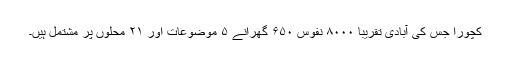
کچورا جس کی آبادی تقریبا ۸۰۰۰ نفوس ۶۵۰ گھرانے ۵ موضوعات اور ۲۱ محلوں پر مشتمل ہیں۔